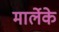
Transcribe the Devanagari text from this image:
मार्लेके